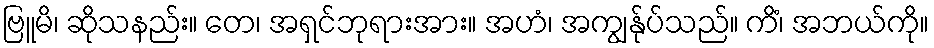
ဗြူမိ၊ ဆိုသနည်း။ တေ၊ အရှင်ဘုရားအား။ အဟံ၊ အကျွန်ုပ်သည်။ ကိံ၊ အဘယ်ကို။